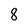
Character: 8